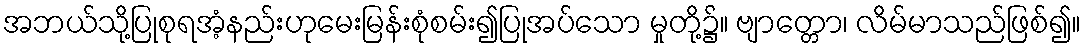
အဘယ်သို့ပြုစုရအံ့နည်းဟုမေးမြန်းစုံစမ်း၍ပြုအပ်သော မှုတို့၌။ ဗျာတ္တော၊ လိမ်မာသည်ဖြစ်၍။